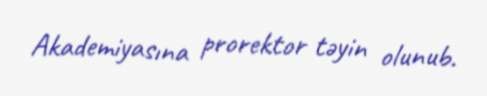
Akademiyasına prorektor təyin olunub.